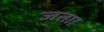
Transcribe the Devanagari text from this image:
जताा